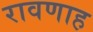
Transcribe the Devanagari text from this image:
रावणाह